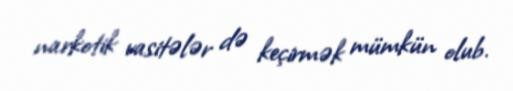
narkotik vasitələr də keçirmək mümkün olub.